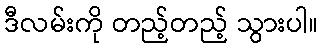
ဒီလမ်းကို တည့်တည့် သွားပါ။